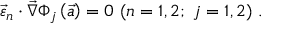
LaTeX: \vec { \varepsilon } _ { n } \cdot \vec { \nabla } \Phi _ { j } \left( \vec { a } \right) = 0 ~ ( n = 1 , 2 ; ~ j = 1 , 2 ) \ .